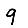
Digit: 9